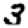
Digit: 3